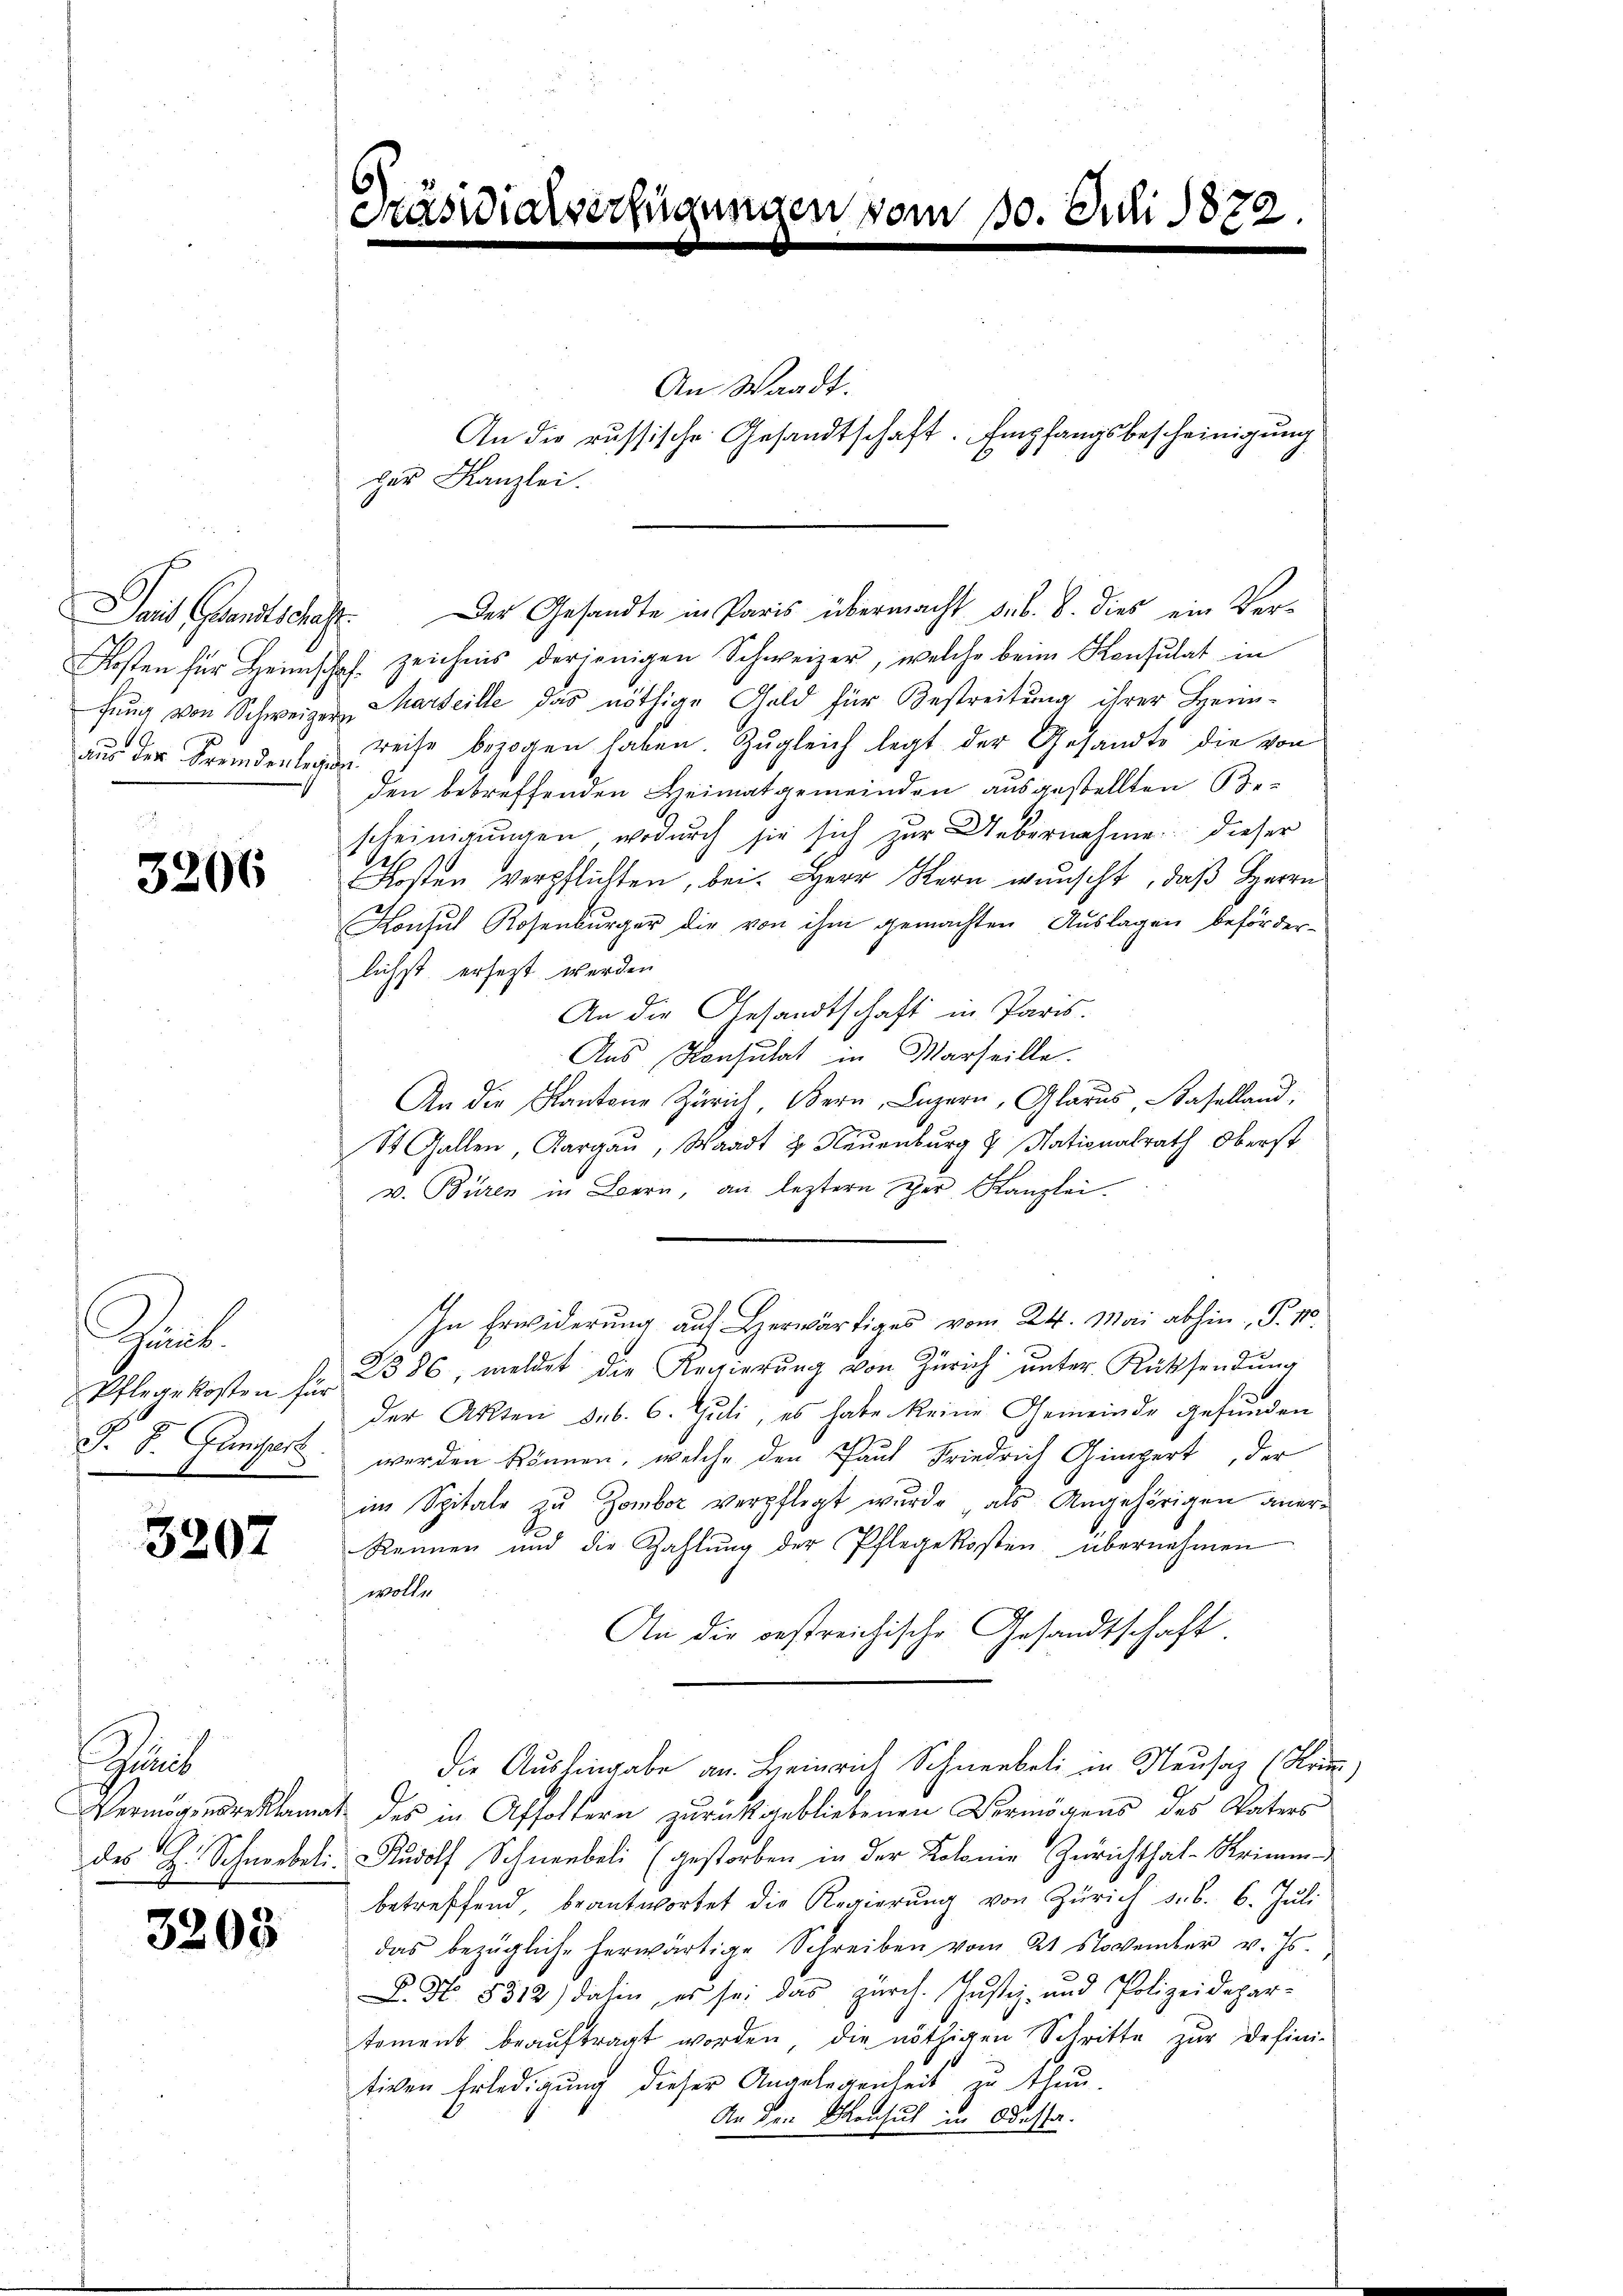
Pait Grandtschaf
Kosten für Heimsch
fung von Schweizer
aus der Fremdenlegun

3206

Wirt
Pflegekosten für
F. S. Gungart

3207

it
Vermögens reklama
des H. Schneebeli

3203

Kaswiarverfügungen vom 30. Juli 1872.

An die russische Gesandtschaft. Empfangsbescheinigung
her Kanzlei.

. Der Gesandte in Paris übermacht sub. 8. dies ein Verch zeichnis derjenigen Schweizer, welche beim Konsulat in
Marseille das nöthige Geld für Bestreitung ihrer Heim-
reise bezogen haben. Zugleich legt der Gesandte die von
e
den betreffenden Heimatgemeinden ausgestellten Bescheinigungen, wodurch sie sich zur Uebernahme dieser
Kosten verpflichten, bei. Herr Stern wünscht, daß Herrn
Konsul Rosenburger die von ihm gemachten Auslagen beförder-
lichst ersezt werden
An die Gesandtschaft in Paris.
Aus Konsulat in Marseille.
An die Kantone Zürich Bern, Luzern, Glarus, Baselland,
St. Gallen Aargau, Waadt & Neuenburg & Nationalrath Oberst
v. Büren in Bern, an leztern der Kanzlei.
In Erwiderung aus Herr vom 24. Mai abhin P. 1.
2886, meldet die Regierŭng von Zürich ŭnter Rücksendŭng
der Akten sub. 6. Juli, es habe keine Gemeinde gefunden
werden können, welche den Paul Friedrich Gimpert, der
im Spitale zu Zombor verpflegt wurde , als Angehörigen aner-
Rennen und die Zahlŭng der Pflegekosten übernehmen
wolle
An die bestreichische Gesandtschaft
die Aushingabe an. Heinrich Schneebeli in Neusaz (Krie
des in Affoltern zurückgebliebenen Vermögens des Vaters
Rudolf Schneebeli (gestorben in der Kolonie Zürichthal-Krimm-
betreffend beantwortet die Regierŭng von Zürich s. B. 6. Jŭli
das bezügliche herwärtige Schreiben vom 21 November v. Js.
L. No. 5312) dahin, es sei das zürch. Justiz- und Polizeidepar-
tement beaŭftragt worden, die nöthigen Schritte zur Defini-
tiven Erledigung dieser Angelegenheit zu tun.
An den Konsul in Odessa.

An Waadt.